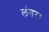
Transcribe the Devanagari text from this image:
लंगर।